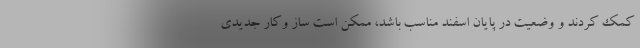
کمک کردند و وضعیت در پایان اسفند مناسب باشد، ممکن است ساز وکار جدیدی